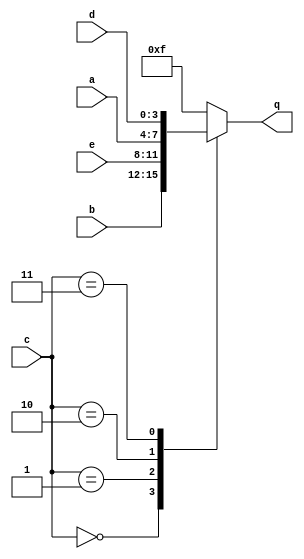
module top_module (
    input [3:0] a,
    input [3:0] b,
    input [3:0] c,
    input [3:0] d,
    input [3:0] e,
    output reg [3:0] q );

    // 0 -> b  1 -> e  2 -> a  3 -> d
    always@(*)begin
        q = 4'hf;
        case(c)
            4'h0:   q = b;
            4'h1:   q = e;
            4'h2:   q = a;
            4'h3:   q = d;
        endcase

    end

endmodule